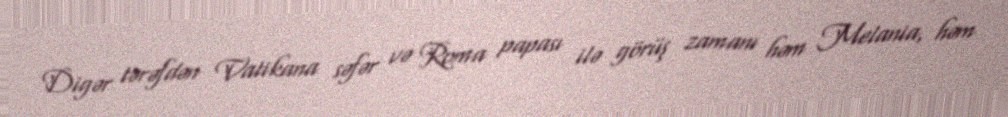
Digər tərəfdən Vatikana səfər və Roma papası ilə görüş zamanı həm Melania, həm